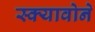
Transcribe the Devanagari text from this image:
स्क्यावोने